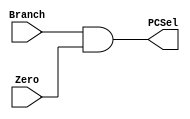
`timescale 1ns / 1ps
//////////////////////////////////////////////////////////////////////////////////
// Company: 
// Engineer: 
// 
// Design Name: 
// Module Name: AndGate
// Project Name: 
// Target Devices: 
// Tool Versions: 
// Description: 
// 
// Dependencies: 
// 
// Revision:
// Revision 0.01 - File Created
// Additional Comments:
// 
//////////////////////////////////////////////////////////////////////////////////


module AndGate(input Branch, Zero,
                    output PCSel);

    assign PCSel = Branch && Zero;
endmodule